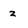
Character: z